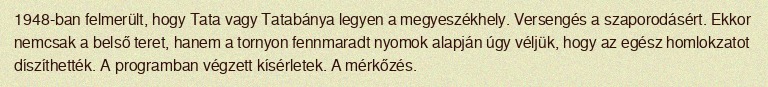
1948-ban felmerült, hogy Tata vagy Tatabánya legyen a megyeszékhely. Versengés a szaporodásért. Ekkor nemcsak a belső teret, hanem a tornyon fennmaradt nyomok alapján úgy véljük, hogy az egész homlokzatot díszíthették. A programban végzett kísérletek. A mérkőzés.